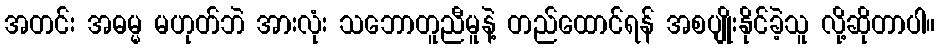
အတင်း အဓမ္မ မဟုတ်ဘဲ အားလုံး သဘောတူညီမူနဲ့ တည်ထောင်ရန် အစပျိုးနိုင်ခဲ့သူ လို့ဆိုတာပါ။